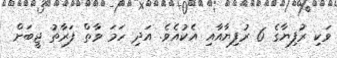
ވަކި ރުފިޔާގެ 6 ރުފިޔާއާއި އެކުއެވެ. އަދި ހަމަ ވާތް ފަރާތު ޖީބަށް